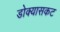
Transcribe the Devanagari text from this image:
डोक्यासकट